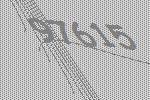
97615